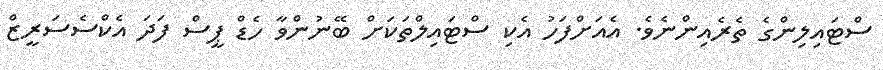
ސްޓައިލިންގެ ތެރެއިންނެވެ. އެއަށްފަހު އެކި ސްޓައިލްތަކަށް ބޭނުންވާ ހެޑް ޕީސް ފަަދަ އެކްސެސަރީޒް